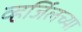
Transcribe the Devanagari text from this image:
व्हर्जिलच्या